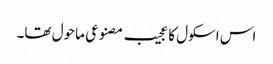
اس اسکول کا عجیب مصنوعی ماحول تھا۔